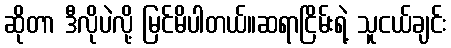
ဆိုတာ ဒီလိုပဲလို့ မြင်မိပါတယ်။ဆရာငြိမ်းရဲ့ သူငယ်ချင်း